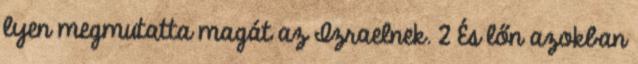
lyen megmutatta magát az Izraelnek. 2 És lőn azokban